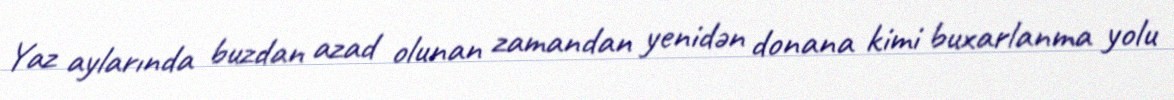
Yaz aylarında buzdan azad olunan zamandan yenidən donana kimi buxarlanma yolu